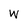
Character: W